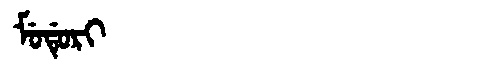
Manchu: ᠮᡠᡩᡠᡵᡳ
Romanization: MUDURI